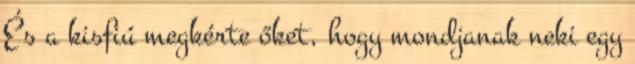
És a kisfiú megkérte őket, hogy mondjanak neki egy